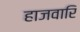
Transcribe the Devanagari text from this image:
हाजवारि